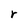
Character: r